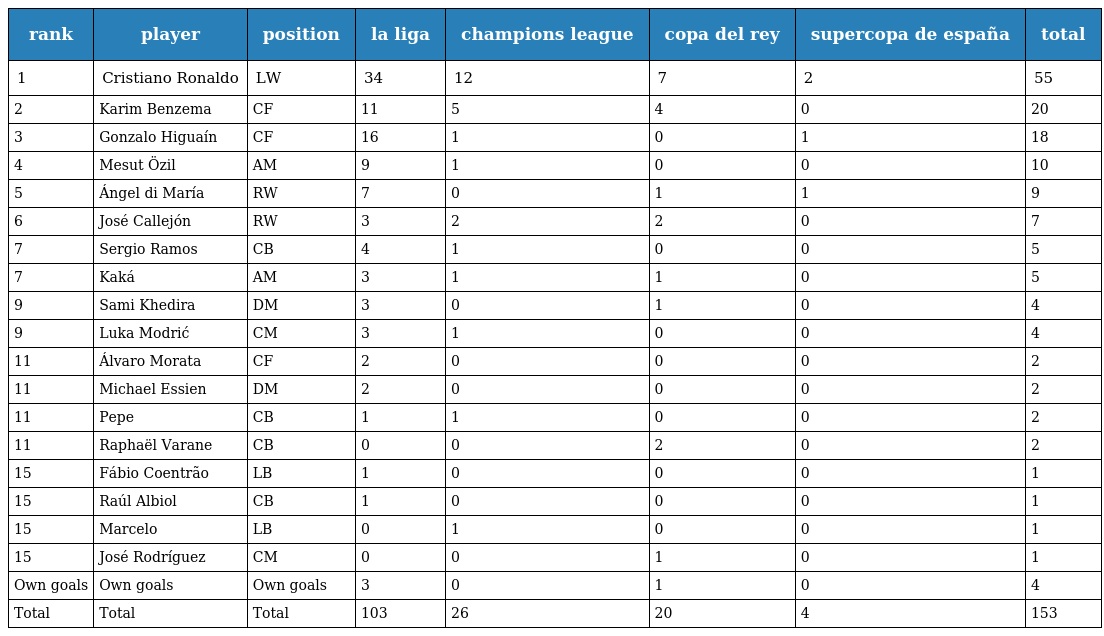
| rank | player | position | la liga | champions league | copa del rey | supercopa de españa | total |
 | --- | --- | --- | --- | --- | --- | --- | --- |
 | 1 | Cristiano Ronaldo | LW | 34 | 12 | 7 | 2 | 55 |
 | 2 | Karim Benzema | CF | 11 | 5 | 4 | 0 | 20 |
 | 3 | Gonzalo Higuaín | CF | 16 | 1 | 0 | 1 | 18 |
 | 4 | Mesut Özil | AM | 9 | 1 | 0 | 0 | 10 |
 | 5 | Ángel di María | RW | 7 | 0 | 1 | 1 | 9 |
 | 6 | José Callejón | RW | 3 | 2 | 2 | 0 | 7 |
 | 7 | Sergio Ramos | CB | 4 | 1 | 0 | 0 | 5 |
 | 7 | Kaká | AM | 3 | 1 | 1 | 0 | 5 |
 | 9 | Sami Khedira | DM | 3 | 0 | 1 | 0 | 4 |
 | 9 | Luka Modrić | CM | 3 | 1 | 0 | 0 | 4 |
 | 11 | Álvaro Morata | CF | 2 | 0 | 0 | 0 | 2 |
 | 11 | Michael Essien | DM | 2 | 0 | 0 | 0 | 2 |
 | 11 | Pepe | CB | 1 | 1 | 0 | 0 | 2 |
 | 11 | Raphaël Varane | CB | 0 | 0 | 2 | 0 | 2 |
 | 15 | Fábio Coentrão | LB | 1 | 0 | 0 | 0 | 1 |
 | 15 | Raúl Albiol | CB | 1 | 0 | 0 | 0 | 1 |
 | 15 | Marcelo | LB | 0 | 1 | 0 | 0 | 1 |
 | 15 | José Rodríguez | CM | 0 | 0 | 1 | 0 | 1 |
 | Own goals | Own goals | Own goals | 3 | 0 | 1 | 0 | 4 |
 | Total | Total | Total | 103 | 26 | 20 | 4 | 153 |